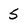
Character: 5